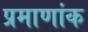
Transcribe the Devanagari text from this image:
प्रमाणांक